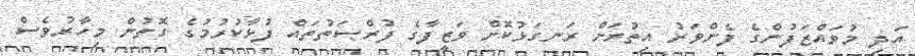
އަދި މުވައްޒަފުންގެ ފެންވަރު އިތުރަށް ރަނގަޅުކޮށް ވަޒީފާގެ ފުރްޞަތުތައް ފުޅާކުރުމުގެ ގޮތުން މިހާރުވެސް